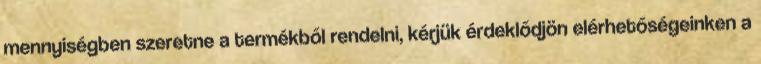
mennyiségben szeretne a termékből rendelni, kérjük érdeklődjön elérhetőségeinken a